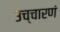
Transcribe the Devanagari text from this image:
उच्चारणं